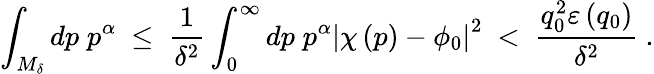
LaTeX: \int_{M_{\delta}}dp\; p^{\alpha}\ \leq\ \frac{1}{\delta^{2}}\int_{0}^{\infty}dp\; p^{\alpha}\left|\chi\left(p\right)-\phi_{0}\right|^{2}\ <\ \frac{q_{0}^{2}\varepsilon\left(q_{0}\right)}{\delta^{2}}\ .